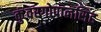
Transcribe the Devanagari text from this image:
कुंवरगोपालसिंह